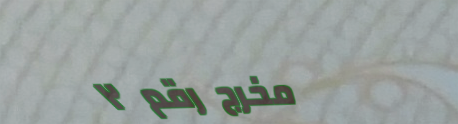
مخرج رقم ٢